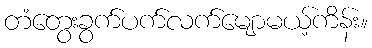
တံတွေးခွက်ပက်လက်မျောမယ့်ကိန်း။